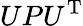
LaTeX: UPU^{\mathrm{{T}}}